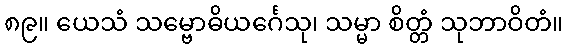
၈၉။ ယေသံ သမ္ဗောဓိယင်္ဂေသု၊ သမ္မာ စိတ္တံ သုဘာဝိတံ။